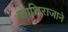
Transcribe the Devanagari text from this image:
काशिराजाने